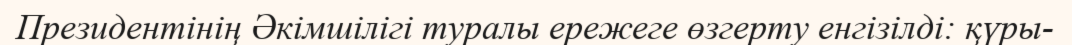
Президентінің Әкімшілігі туралы ережеге өзгерту енгізілді: қүры-